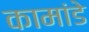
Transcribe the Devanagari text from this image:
कामांडे